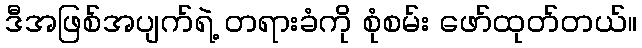
ဒီအဖြစ်အပျက်ရဲ့ တရားခံကို စုံစမ်း ဖော်ထုတ်တယ်။